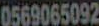
0569065092